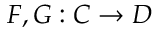
F , G : C \to D